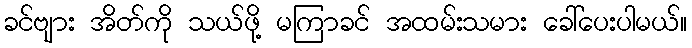
ခင်ဗျား အိတ်ကို သယ်ဖို့ မကြာခင် အထမ်းသမား ခေါ်ပေးပါမယ်။